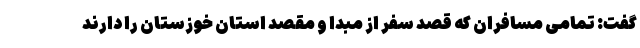
گفت: تمامی مسافران که قصد سفر از مبدا و مقصد استان خوزستان را دارند